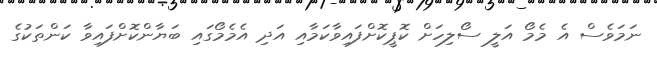
ނަމަވެސް އެ މެމޯ އަލީ ސޯލިހަށް ކޮޕީކޮށްފައިވާކަމާއި އަދި އެމެމޯގައި ބަޔާންކޮށްފައިވާ ކަންތަކުގެ